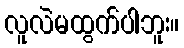
လူလဲမထွက်ပါဘူး။